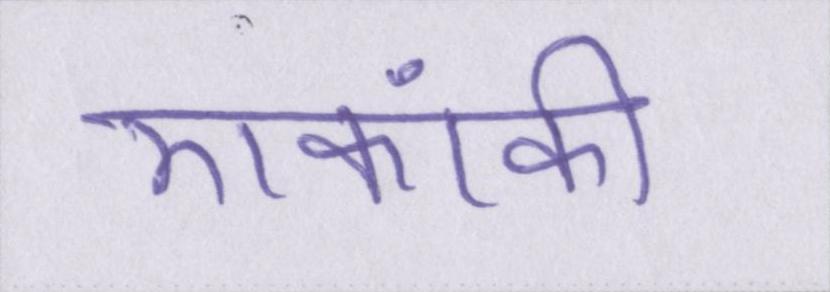
एकांकी